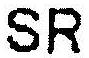
SR